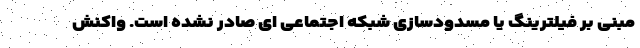
مبنی بر فیلترینگ یا مسدودسازی شبکه اجتماعی ای صادر نشده است. واکنش